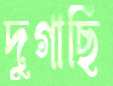
দুগাছি